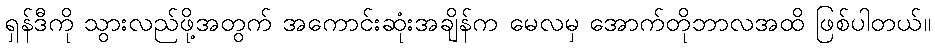
ရှန်ဒီကို သွားလည်ဖို့အတွက် အကောင်းဆုံးအချိန်က မေလမှ အောက်တိုဘာလအထိ ဖြစ်ပါတယ်။